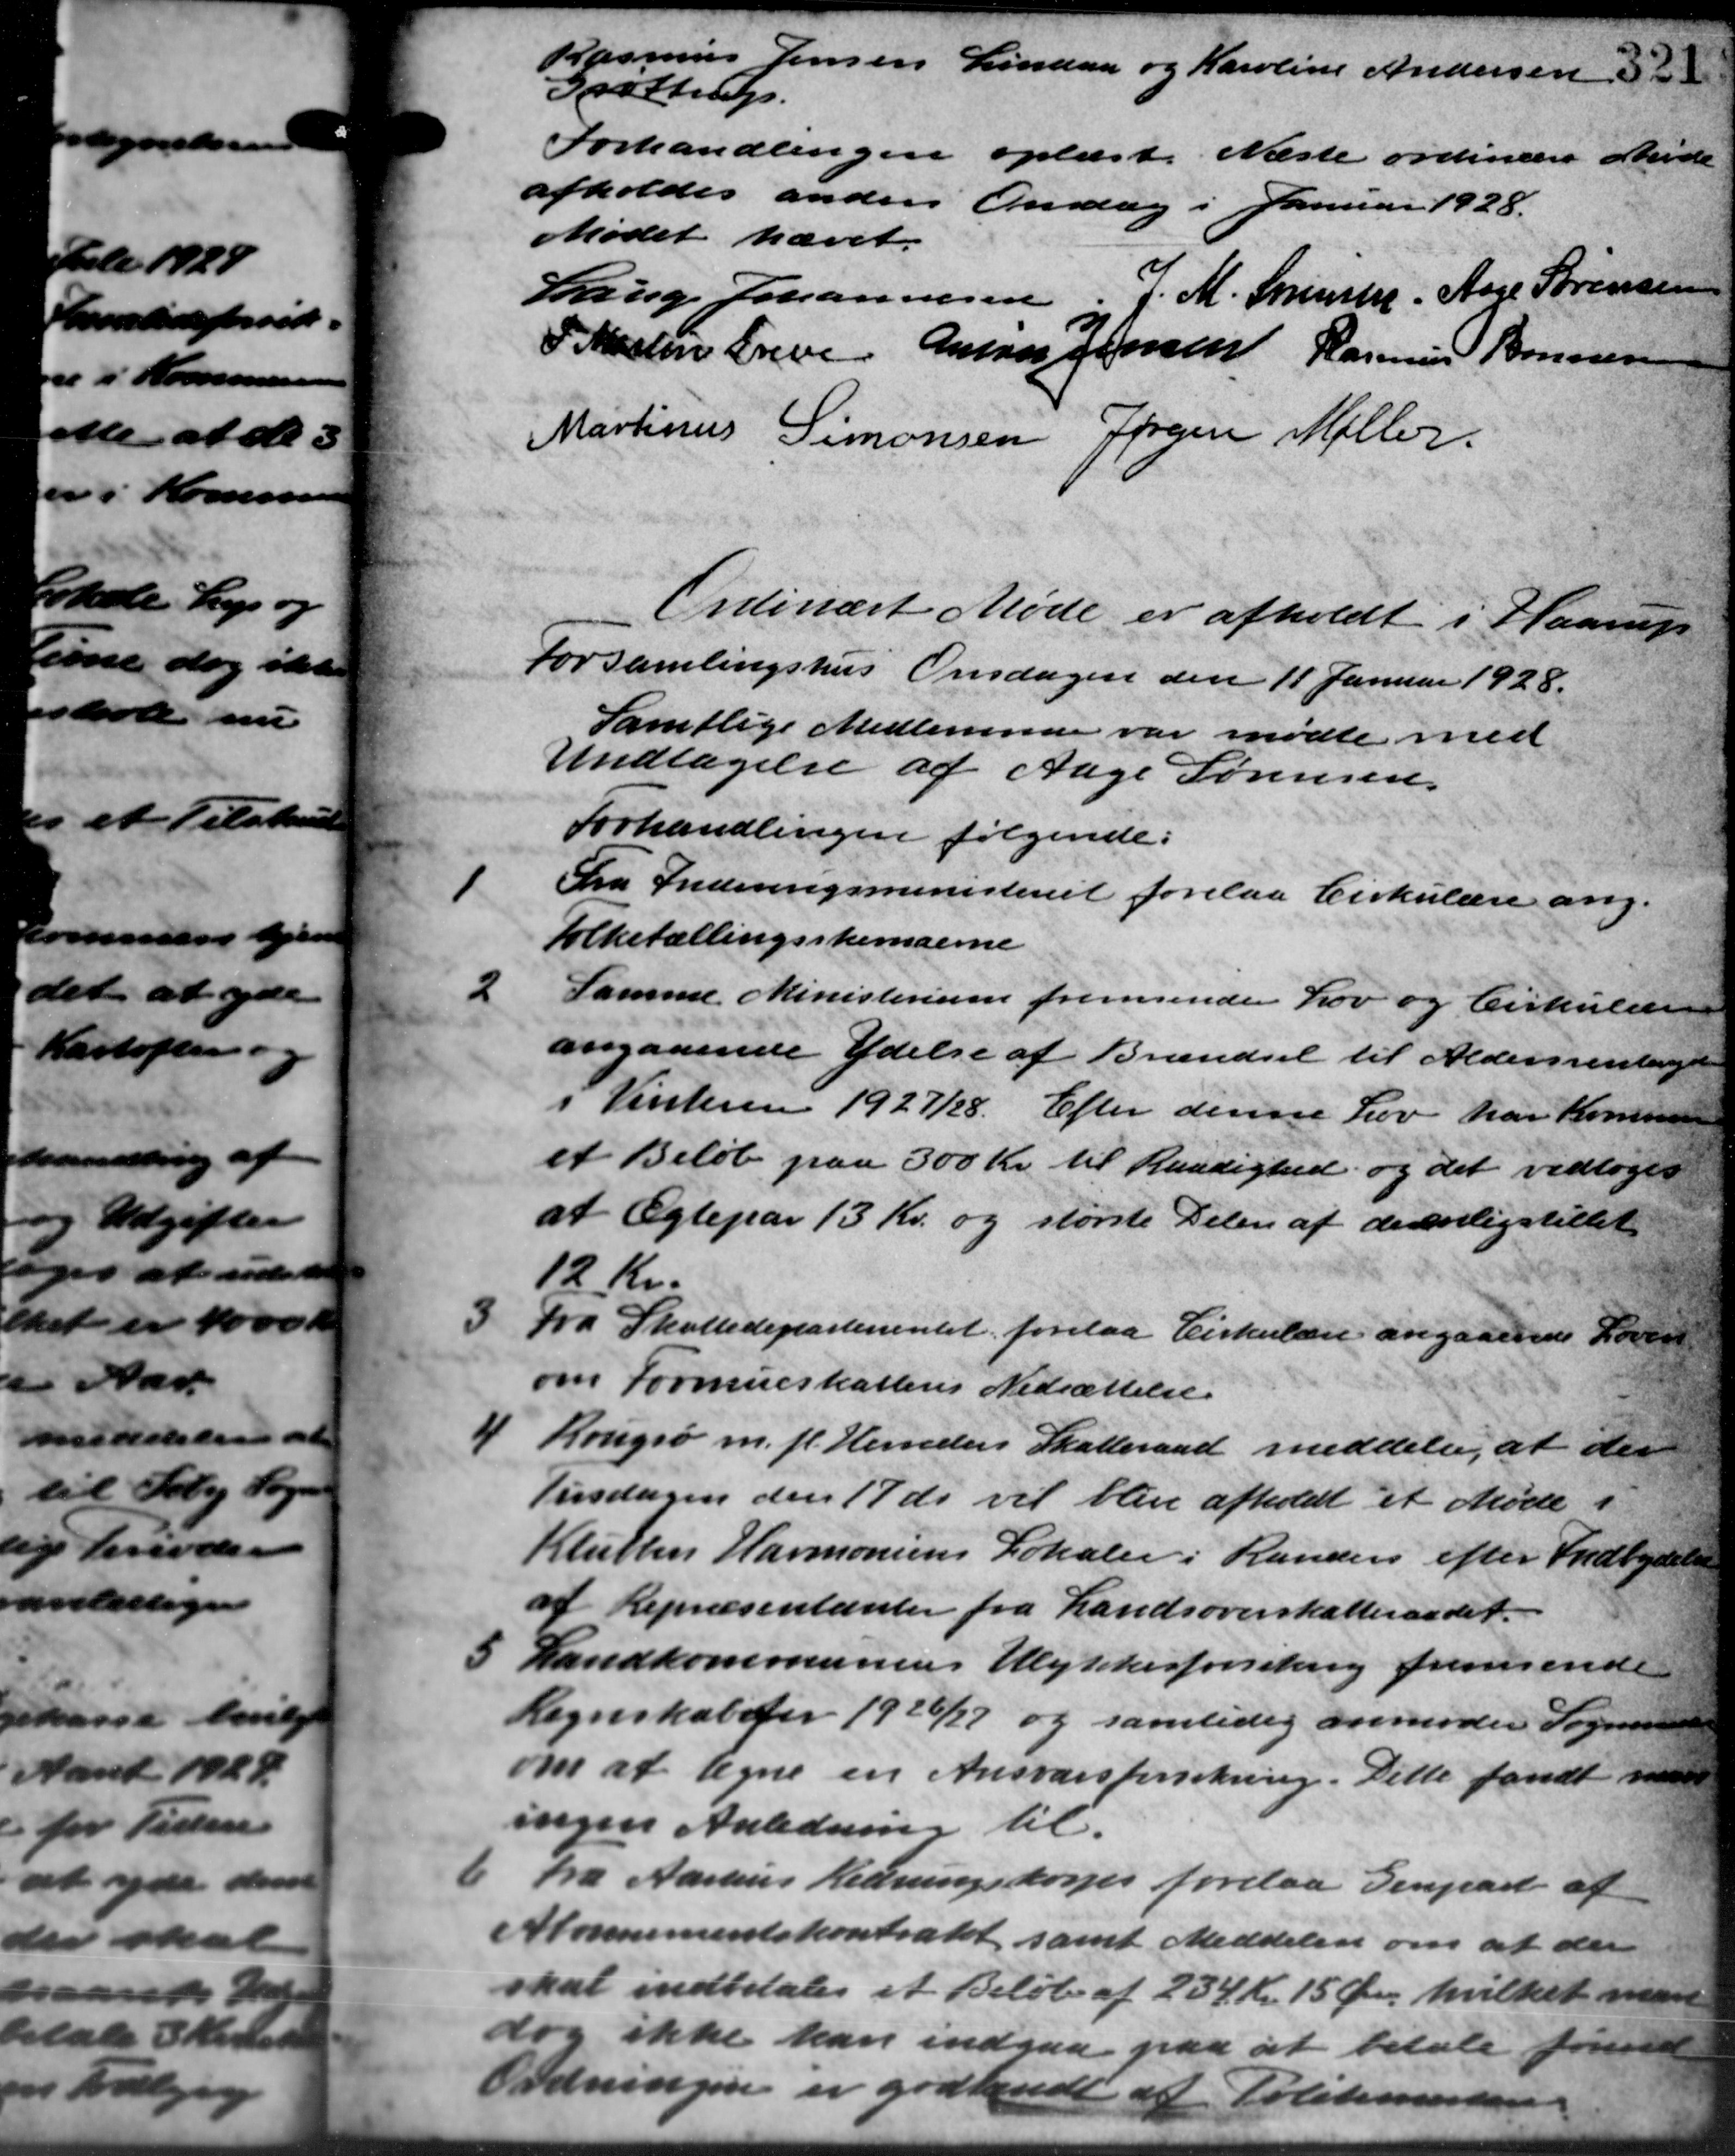
Transskription:
Rasmus Jensen Lindaa og Karoline Andersen 32
Grøttrup.
Forhandlingen oplæst. Næste ordinære Møde
afholdes anden Onsdag i Januar 1928.
Mødet hævet.
Lauge Johannesen, J. M. Spiest, Aage Sørensen
P. Martin Greve Anton Jensen Rasmus Bonnesen
Martinus Simonsen Jørgen Møller
Ordinært Møde er afholdt i Haarup
Forsamlingshus Onsdagen den 11 Januar 1928.
Samtlige Medlemmer var mødte med
Undtagelse af Aage Sørensen,
Forhandlingen følgende:
1
Fra Indenrigsministeriet forelaa Cirkulære ang.
Folketællingsskemaerne
2
Samme Ministerium fremsender Lov og Cirkulærer
angaaende Ydelse af Brændsel til Aldersrentenyder
i
Vinteren 1927/28. Efter denne Lov har Kommunen
et Beløb paa 300 Kr. til Raadighed og det vedtoges
at Ægtepar 13 Kr. og største Delen af derenligstillet
12 Kr.

Fra Skattedeparterentet forelaa Cirkulære angaaende Loven
om Formueskattens Nedsættelse.
4 Rougsø m. fl. Herreders Skatteraad meddeler, at der
4 Rougsø m. fl. Herreders Skatteraad meddeler, at der
Tirsdagen den 17 ds vil blive afholdt et Møde i
Kluthen Harmonsens Lokaler i Randers efter Indbydelse
af Repræsentanter fra Landsoverskatteraadet.
5 Landkommunens Ulykkesforsikring fremsende
5 Landkommunens Ulykkesforsikring fremsende
Regnskab for 1926/27 og samtidig anmoder Sogneraad
om at tegne en Ansvarsforsikring. Dette fandt man
ingen Anledning til

Fra Aarhus Redningskorps forelaa Genpart af
Abonnementskontratet, samt Meddeler om at der
skal indbetales et Beløb af 234 Kr. 15 Øre, hvilket man
dog ikke kan indgaa paa at betale fremde
Ordningen er godkendt at Politimester